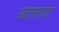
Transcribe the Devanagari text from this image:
अटकाया